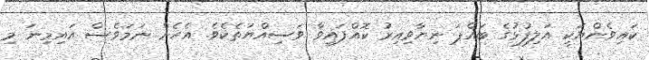
ކައިވެންޔަކީ އަލިފުޅުގެ ބައްޕަ ނިޔާވިއިރު ކޮއްފައިވާ ވަސިއްޔަތެކެވެ. އެހެން ނަމަވެސް އައިމިނަ މި